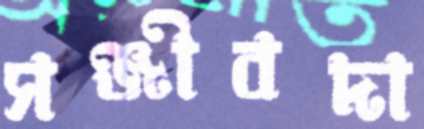
সঞ্জীবদা